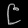
Digit: ၉